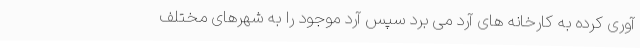
آوری کرده به کارخانه های آرد می برد سپس آرد موجود را به شهرهای مختلف